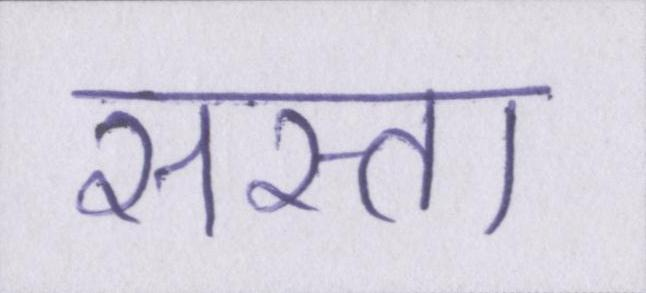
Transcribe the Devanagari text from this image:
सस्ता